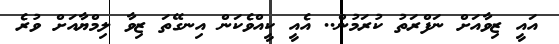
އައީ ޒިވާއަށް ނަފްރަތު ކުރަމުން.. އެއީ ކީއްވެކަން އިނގޭތަ ޒިވާ ލިމްޔާއަށް ވުރެ